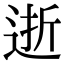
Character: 逝